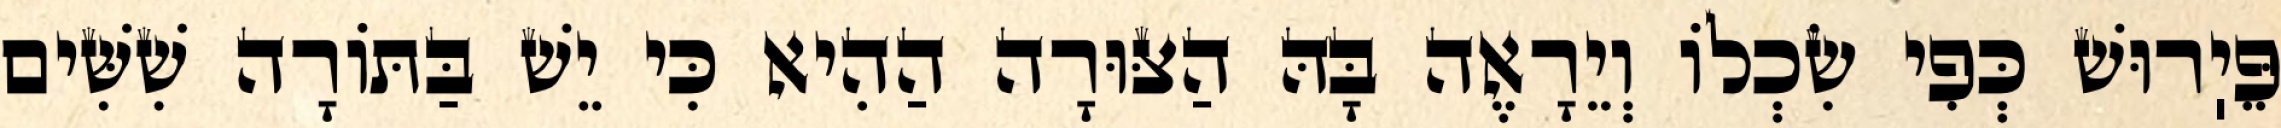
פֵּיֽרוּשׁ כְּפִי שִׂכְלוֹ וְיֵרָאֶה בָּהּ הַצּוּרָה הַהִיא כִּי יֵשׁ בַּתּוֹרָה שִׁשִּׁים